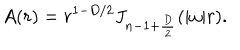
A ( r ) = r ^ { 1 - D / 2 } J _ { n - 1 + { \frac { D } { 2 } } } ( | \omega | r ) .